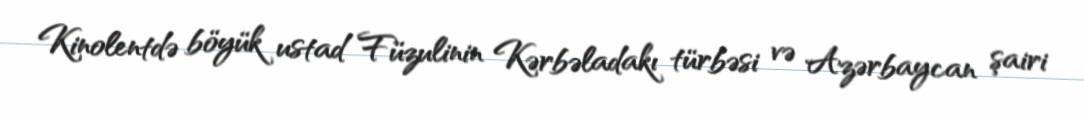
Kinolentdə böyük ustad Füzulinin Kərbəladakı türbəsi və Azərbaycan şairi